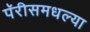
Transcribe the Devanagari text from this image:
पॅरीसमधल्या